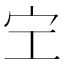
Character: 𡧇